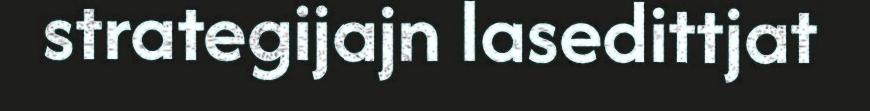
strategijajn lasedittjat